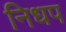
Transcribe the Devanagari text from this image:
निधप